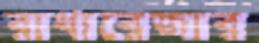
রাধারেজার